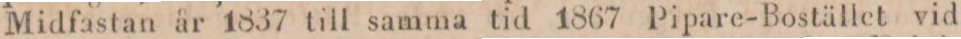
Midfastan år 1837 till samma tid 1867 Pipare-Bostället vid